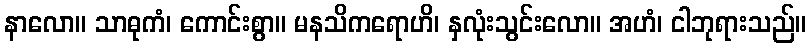
နာလော။ သာဓုကံ၊ ကောင်းစွာ။ မနသိကရောဟိ၊ နှလုံးသွင်းလော။ အဟံ၊ ငါဘုရားသည်။